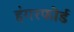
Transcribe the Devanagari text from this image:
हंगरफोर्ड